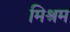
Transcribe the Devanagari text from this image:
मिश्रम